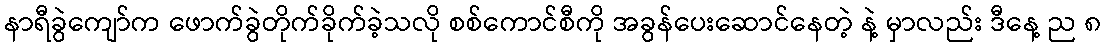
နာရီခွဲကျော်က ဖောက်ခွဲတိုက်ခိုက်ခဲ့သလို စစ်ကောင်စီကို အခွန်ပေးဆောင်နေတဲ့ နဲ့ မှာလည်း ဒီနေ့ ည ၈